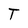
Character: T